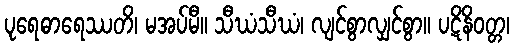
ပုရေဓာရေဿတိ၊ မအပ်မီ။ သီဃံသီဃံ၊ လျင်စွာလျှင်စွာ။ ပဋိနိဝတ္တ၊